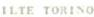
ILTE TORINO